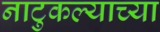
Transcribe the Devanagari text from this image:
नाटुकल्याच्या